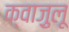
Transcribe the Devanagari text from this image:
क्वाज़ुलू